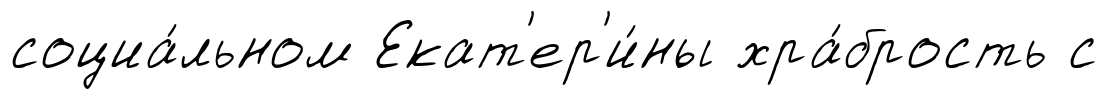
социа́льном Екат'ер'и́ны хра́брость с